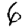
Digit: 6